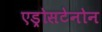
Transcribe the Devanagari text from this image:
एड्रोसटेनोन